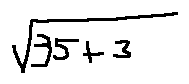
\sqrt { 3 5 + 3 }